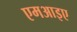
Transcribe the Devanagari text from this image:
एमआइए